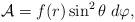
LaTeX: \begin{align*}{\cal A} = f(r) \sin^2\theta\; d\varphi,\end{align*}